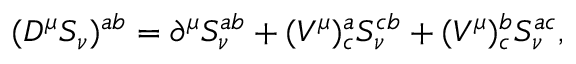
( D ^ { \mu } S _ { \nu } ) ^ { a b } = \partial ^ { \mu } S _ { \nu } ^ { a b } + ( V ^ { \mu } ) _ { c } ^ { a } S _ { \nu } ^ { c b } + ( V ^ { \mu } ) _ { c } ^ { b } S _ { \nu } ^ { a c } ,